Annual administration report of the Civil Veterinary Department of India - 1909-1910
Year: 1909
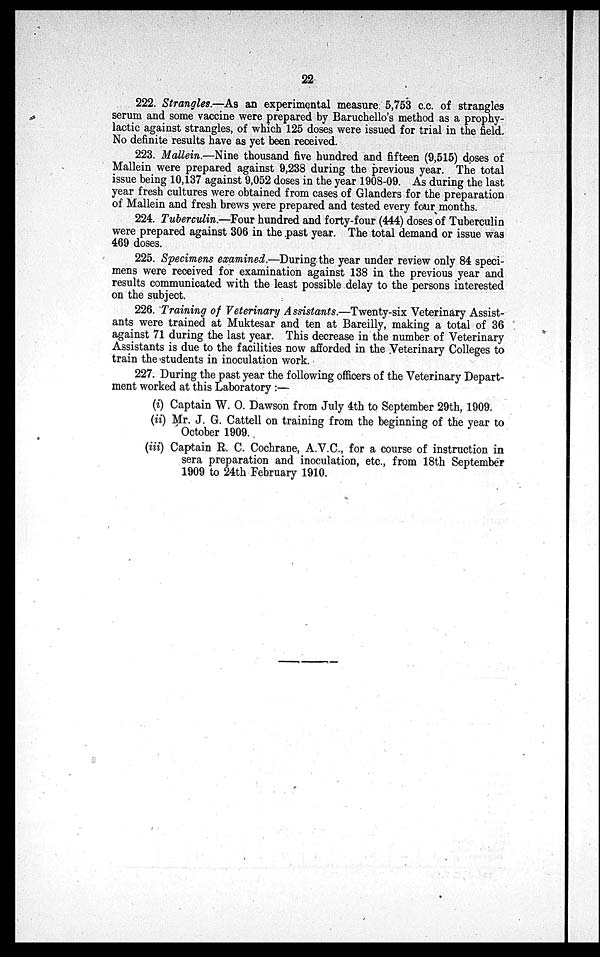
22
222. Strangles.—As an experimental measure 5,753 c.c. of strangles
serum and some vaccine were prepared by Baruchello's method as a prophy-
lactic against strangles, of which 125 doses were issued for trial in the field.
No definite results have as yet been received.
223. Mallein.—Nine thousand five hundred and fifteen (9,515) doses of
Mallein were prepared against 9,238 during the previous year. The total
issue being 10,137 against 9,052 doses in the year 1908-09. As during the last
year fresh cultures were obtained from cases of Glanders for the preparation
of Mallein and fresh brews were prepared and tested every four months.
224. Tuberculin.—Four hundred and forty-four (444) doses of Tuberculin
were prepared against 306 in the past year. The total demand or issue was
469 doses.
225. Specimens examined.—During the year under review only 84 speci-
mens were received for examination against 138 in the previous year and
results communicated with the least possible delay to the persons interested
on the subject.
226. Training of Veterinary Assistants.—Twenty-six Veterinary Assist-
ants were trained at Muktesar and ten at Bareilly, making a total of 36
against 71 during the last year. This decrease in the number of Veterinary
Assistants is due to the facilities now afforded in the Veterinary Colleges to
train the students in inoculation work.
227. During the past year the following officers of the Veterinary Depart-
ment worked at this Laboratory :—
(i) Captain W. O. Dawson from July 4th to September 29th, 1909.
(ii) Mr. J. G. Cattell on training from the beginning of the year to
October 1909.
(iii) Captain R. C. Cochrane, A.V.C., for a course of instruction in
sera preparation and inoculation, etc., from 18th September
1909 to 24th February 1910.